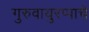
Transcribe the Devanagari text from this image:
गुरुवायुरप्पाचे